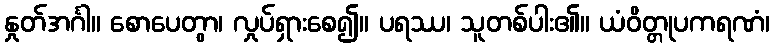
နှုတ်အင်္ဂါ။ စောပေတွာ၊ လှုပ်ရှားစေ၍။ ပရဿ၊ သူတစ်ပါး၏။ ယံဝိတ္တုပကရဏံ၊